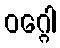
ဝဂ္ဂေါ